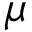
\mu